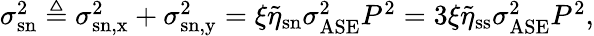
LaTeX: \begin{array}{r}{\sigma_{\mathrm{sn}}^{2}\triangleq\sigma_{\mathrm{sn,x}}^{2}+\sigma_{\mathrm{sn,y}}^{2}=\xi\tilde{\eta}_{\mathrm{sn}}\sigma_{\mathrm{ASE}}^{2}P^{2}=3\xi\tilde{\eta}_{\mathrm{ss}}\sigma_{\mathrm{ASE}}^{2}P^{2},}\end{array}